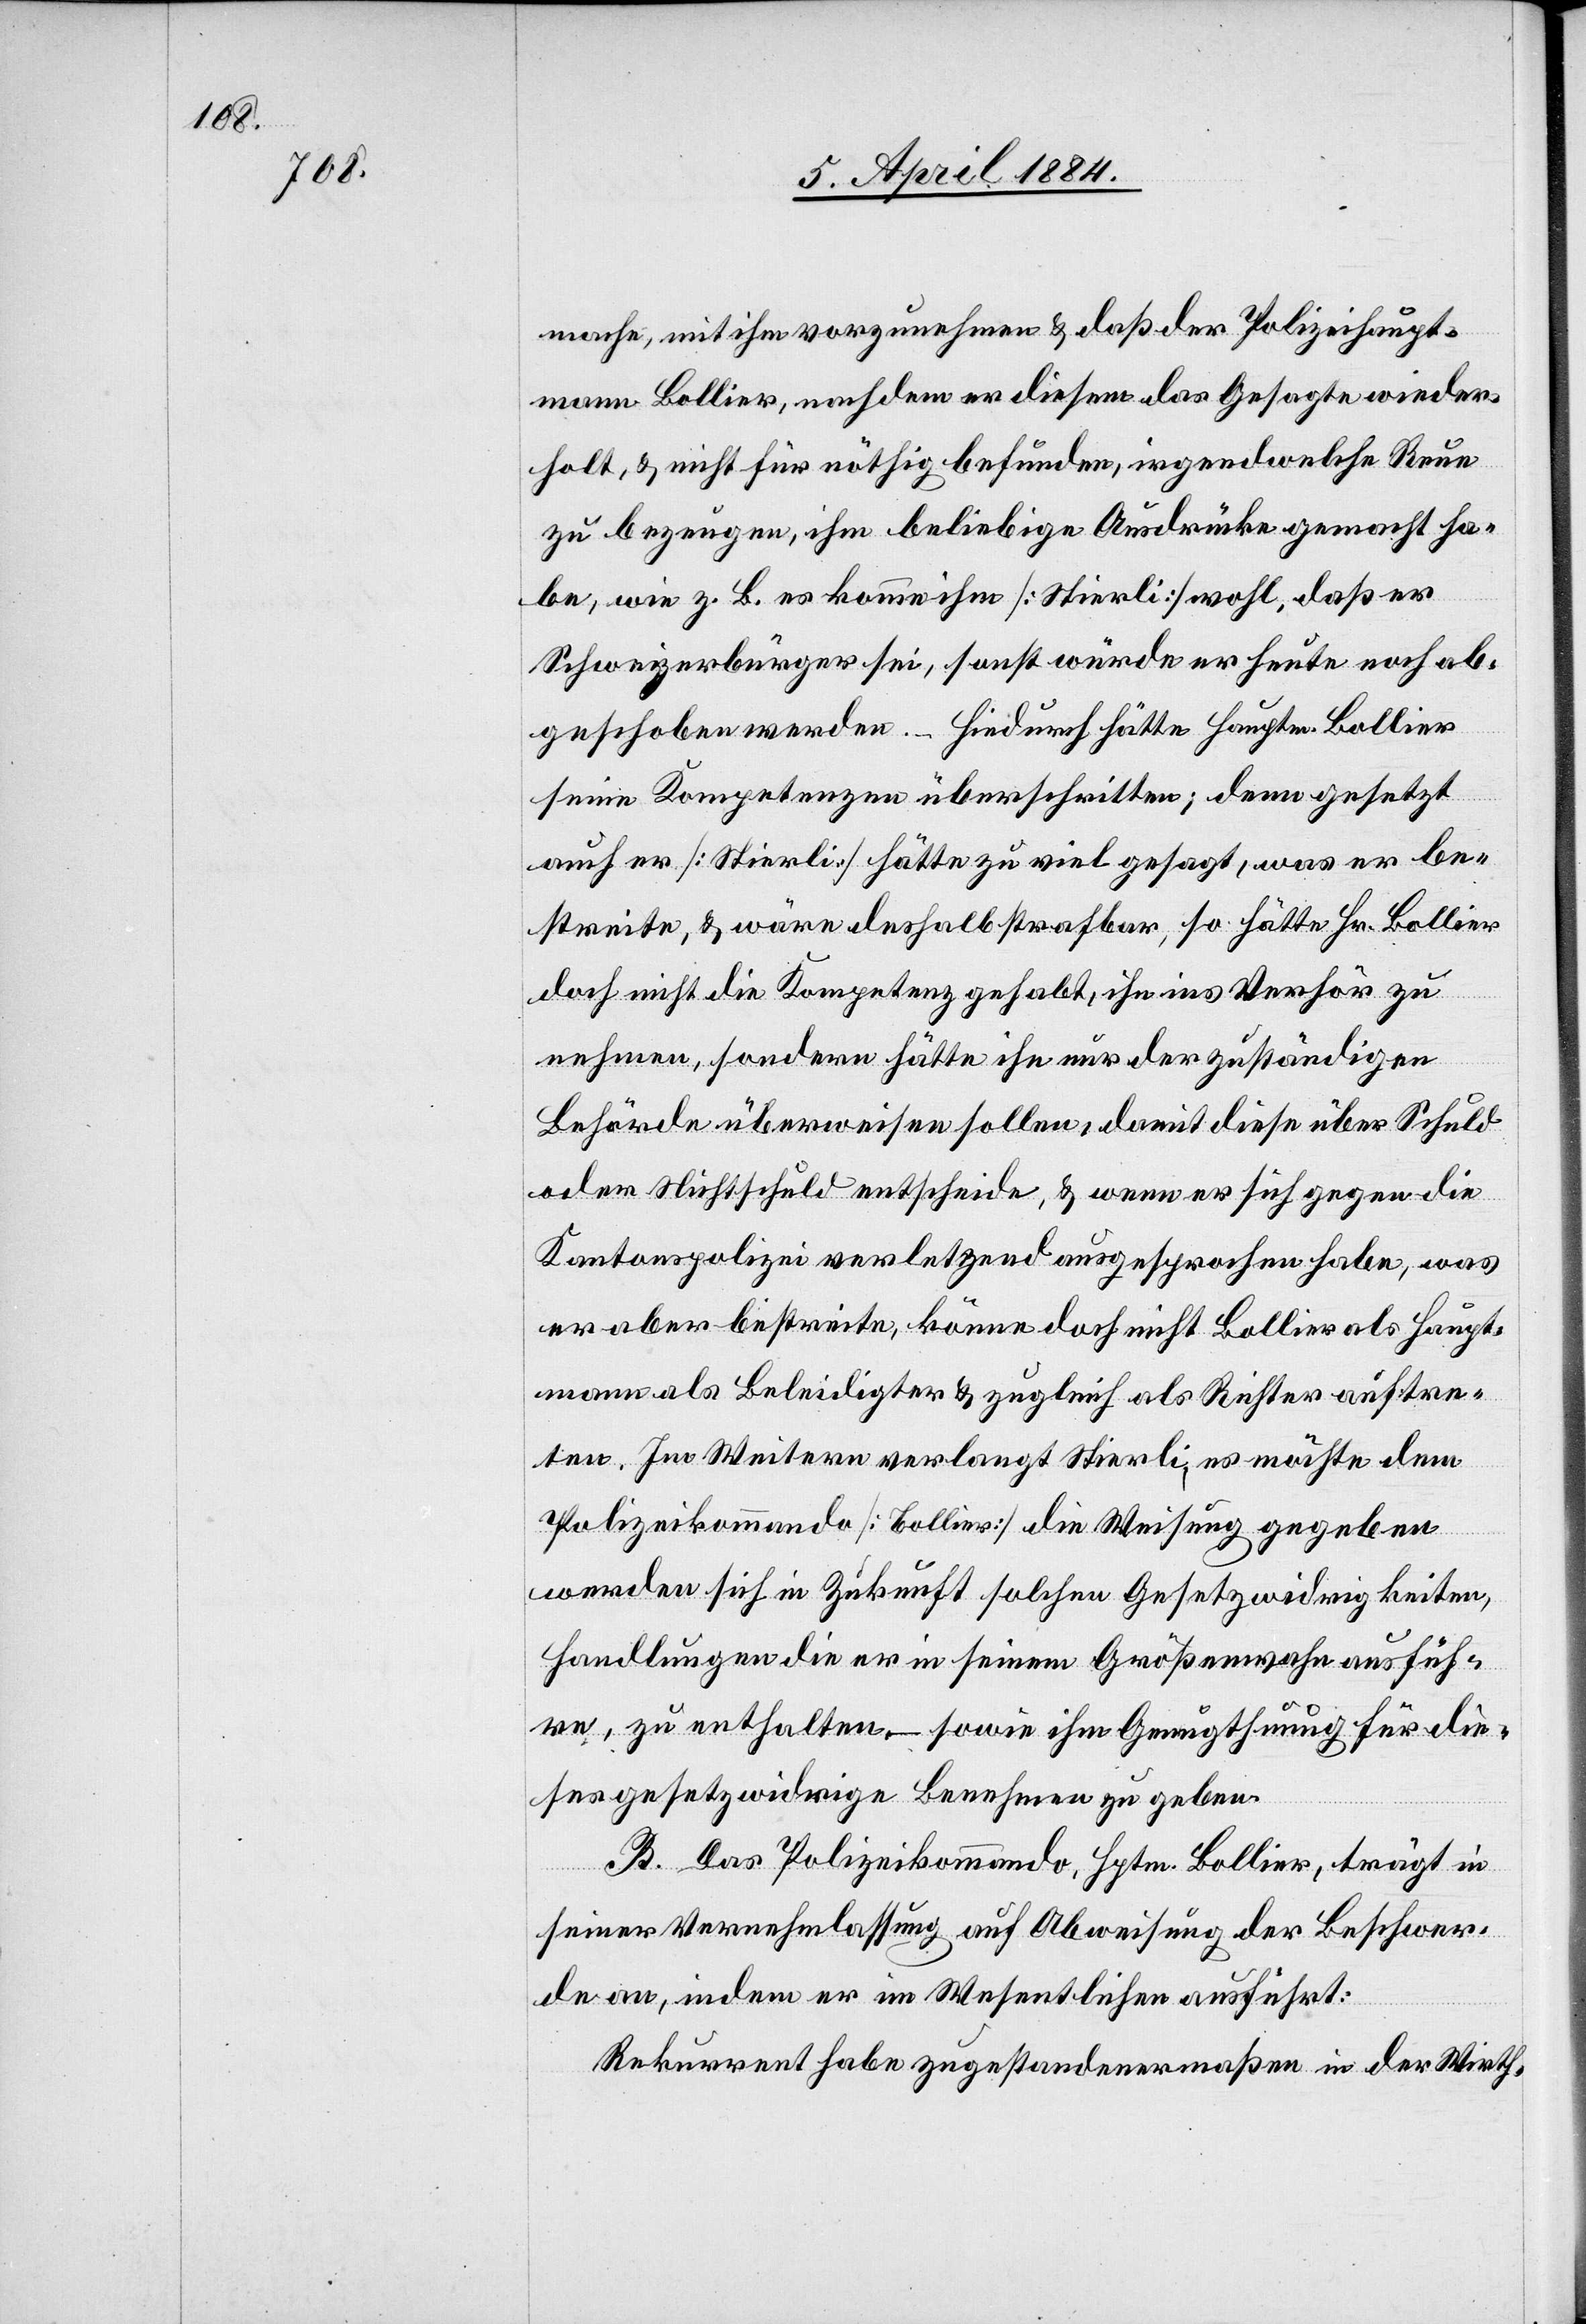
mache, mit ihm vorzunehmen & daß der Polizeihaupt¬
mann Bollier, nachdem er diesem das Gesagte wieder¬
holt, & nicht für nöthig befunden, irgendwelche Reue
zu bezeugen, ihm beliebige Ausdrücke gemacht ha¬
be, wie z. B. es komme ihm [Stierli] wohl, daß er
Schweizerbürger sei, sonst würde er heute noch ab¬
geschoben werden. Hiedurch hätte Hauptm. Bollier
seine Kompetenzen überschritten; denn gesetzt
auch er [Stierli] hätte zu viel gesagt, was er be¬
streite, & wäre deshalb strafbar, so hätte Hr. Bollier
doch nicht die Kompetenz gehabt, ihn ins Verhör zu
nehmen, sondern hätte ihn nur der zuständigen
Behörde überweisen sollen, damit diese über Schuld
oder Mitschuld entscheide, & wenn er sich gegen die
Kantonspolizei verletzend ausgesprochen habe, was
er aber bestreite, könne doch nicht Bollier als Haupt¬
mann als Beleidigter & zugleich als Richter auftre¬
ten. Im Weitern verlangt Stierli, es möchte dem
Polizeikommando [Bollier] die Weisung gegeben
werden sich in Zukunft solchen Gesetzwidrigkeiten,
Handlungen die er in seinem Größenwahn ausfüh¬
re, zu enthalten – sowie ihm Genugthuung für die¬
ses gesetzwidrige Benehmen zu geben.
B. Das Polizeikommando, Hptm. Bollier, trägt in
seiner Vernehmlassung auf Abweisung der Beschwer¬
de an, indem er im Wesentlichen ausführt:
Rekurrent habe zugestandenermaßen in der Wirth-